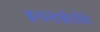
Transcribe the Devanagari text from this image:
इनलाईटमेंट